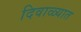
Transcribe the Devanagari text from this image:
दिवाळ्यात